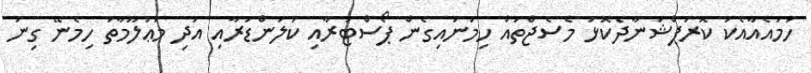
ހަމައެއާއެކު ކޮރަޕްޝަނާދެކޮޅު މެސެޖްތައް ހިމަނައިގެން ޕޯސްޓަރާއި ކަލަންޑަރާއި އަދި މަޢުލޫމާތު ހިމެނޭ ގިނަ